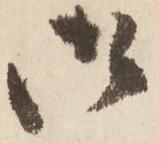
御